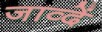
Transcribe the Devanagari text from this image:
जाव्दें